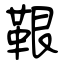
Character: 鞎